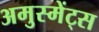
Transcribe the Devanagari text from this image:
अमुस्मेंट्स